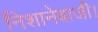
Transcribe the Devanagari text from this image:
निशानेबाजी।